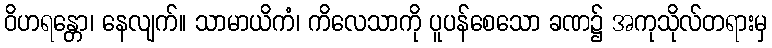
ဝိဟရန္တော၊ နေလျက်။ သာမာယိကံ၊ ကိလေသာကို ပူပန်စေသော ခဏ၌ အကုသိုလ်တရားမှ